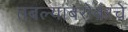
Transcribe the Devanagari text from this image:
तबल्याबरोबरचे